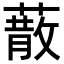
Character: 𦺻